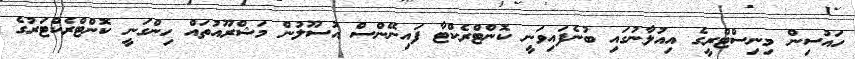
ހައުސިން މިނިސްޓްރީގެ އިއުލާނުގައި ބުނެފައިވަނީ ކޮންޓްރެކްޓާ ފައިނޭންސް އުސޫލުން މަޝްރޫއުތައް ހިންގަނީ ކޮންޓްރެކްޓަރުގެ